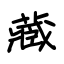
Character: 藏